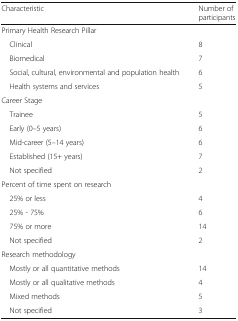
<table><thead><tr><td><b>Characteristic</b></td><td><b>Number of participants</b></td></tr></thead><tbody><tr><td colspan="2">Primary Health Research Pillar</td></tr><tr><td> Clinical</td><td>8</td></tr><tr><td> Biomedical</td><td>7</td></tr><tr><td> Social, cultural, environmental and population health</td><td>6</td></tr><tr><td> Health systems and services</td><td>5</td></tr><tr><td>Career Stage</td><td></td></tr><tr><td> Trainee</td><td>5</td></tr><tr><td> Early (0–5 years)</td><td>6</td></tr><tr><td> Mid-career (5–14 years)</td><td>6</td></tr><tr><td> Established (15+ years)</td><td>7</td></tr><tr><td> Not specified</td><td>2</td></tr><tr><td colspan="2">Percent of time spent on research</td></tr><tr><td> 25% or less</td><td>4</td></tr><tr><td> 25% - 75%</td><td>6</td></tr><tr><td> 75% or more</td><td>14</td></tr><tr><td> Not specified</td><td>2</td></tr><tr><td colspan="2">Research methodology</td></tr><tr><td> Mostly or all quantitative methods</td><td>14</td></tr><tr><td> Mostly or all qualitative methods</td><td>4</td></tr><tr><td> Mixed methods</td><td>5</td></tr><tr><td> Not specified</td><td>3</td></tr></tbody></table>